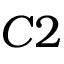
C 2